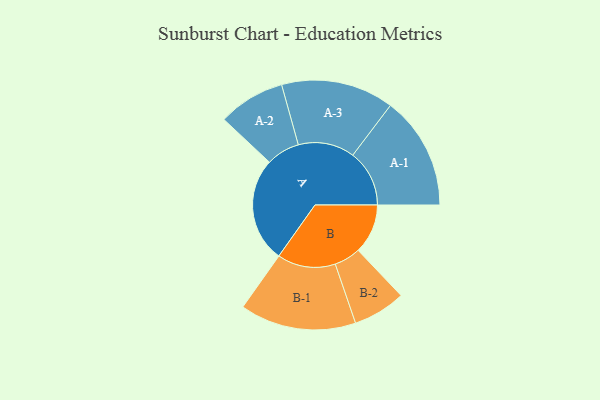
{"axis": {"x": "Segment", "y": "Value"}, "legend": ["", "A", "B"], "data": [{"x": "A", "y": 485, "type": ""}, {"x": "B", "y": 230, "type": ""}, {"x": "A-1", "y": 262, "type": "A"}, {"x": "A-2", "y": 155, "type": "A"}, {"x": "A-3", "y": 261, "type": "A"}, {"x": "B-1", "y": 269, "type": "B"}, {"x": "B-2", "y": 122, "type": "B"}]}